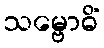
သမ္ဗောဓိံ